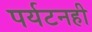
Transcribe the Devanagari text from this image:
पर्यटनही